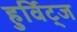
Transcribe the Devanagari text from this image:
हुर्विट्ज